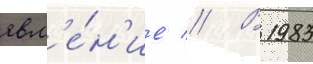
явл'е́н'ие // В 1983